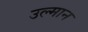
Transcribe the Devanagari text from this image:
उल्मान